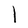
Character: l